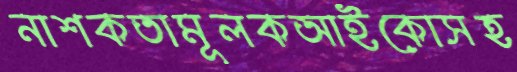
নাশকতামূলকআইকোসহ